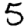
Digit: 5